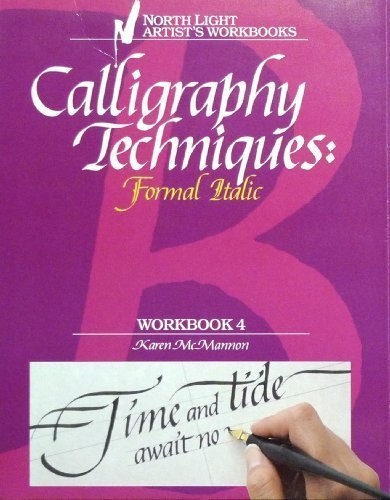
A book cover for Calligraphy Techniques: Formal Italic (Workbook 4); Karen McMannon; Arts & Photography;